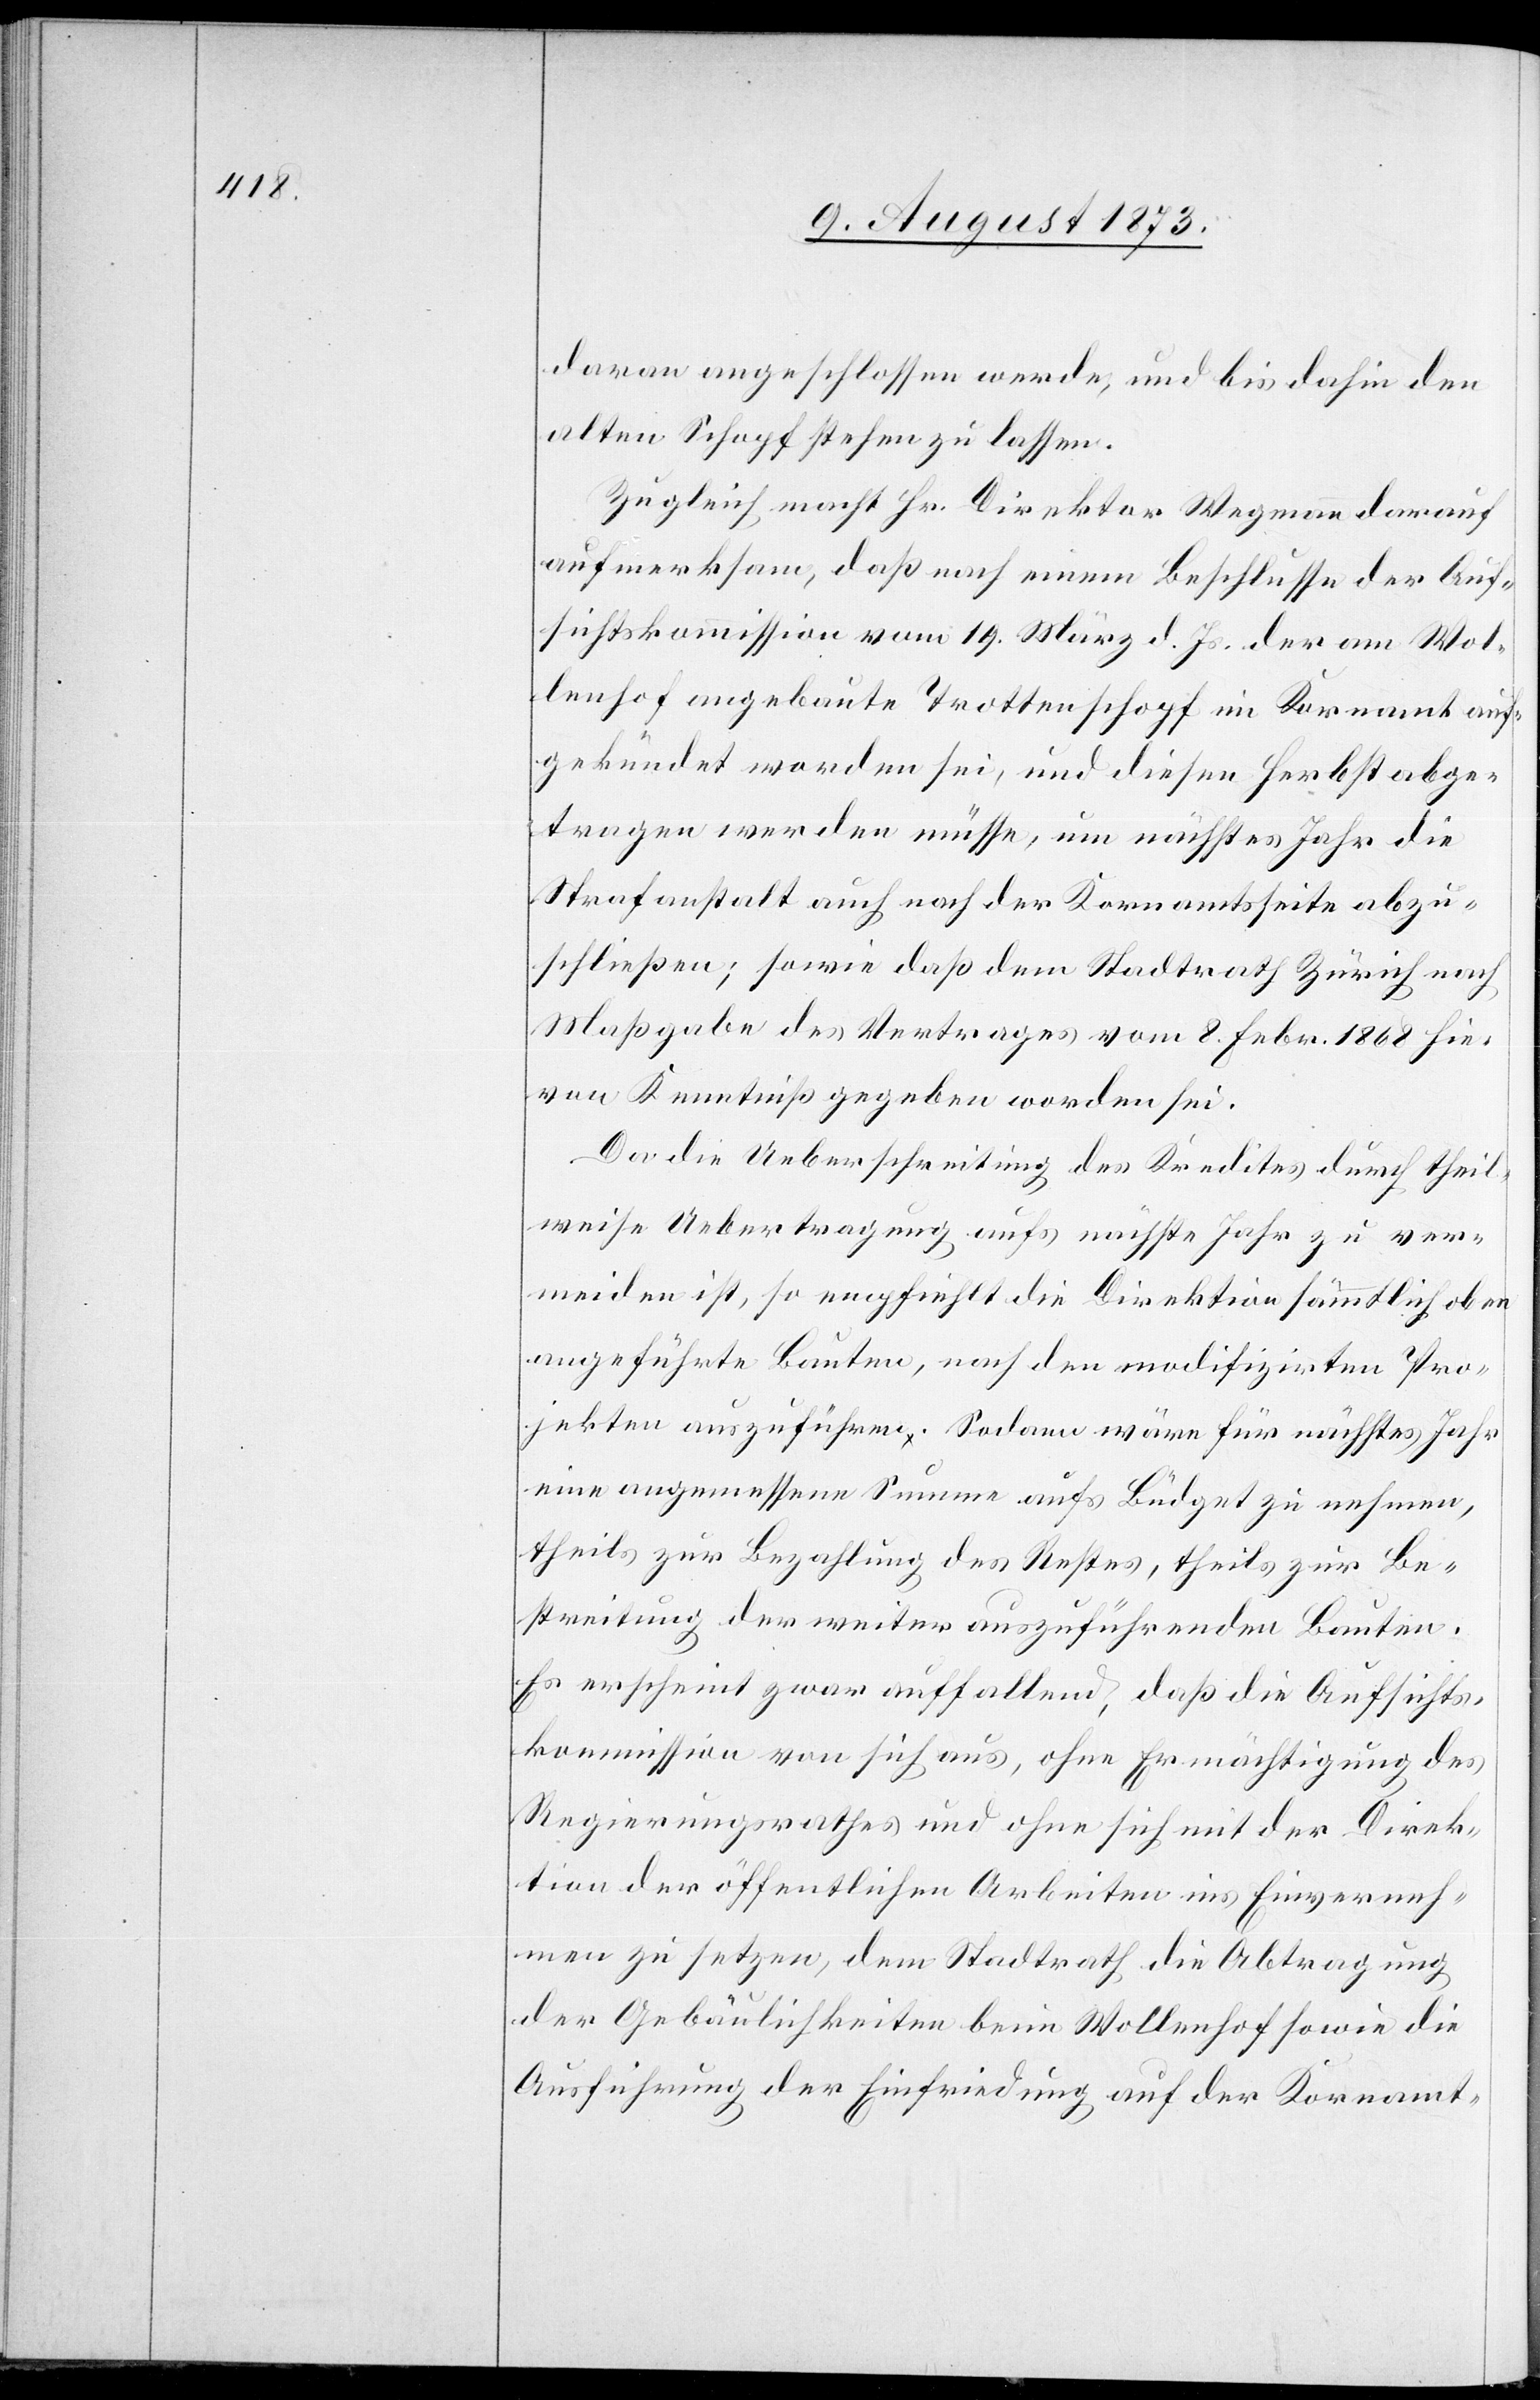
daran angeschlossen werde, und bis dahin den
alten Schopf stehen zu lassen.
Zugleich macht Hr. Direktor Wegmann darauf
aufmerksam, daß nach einem Beschlusse der Auf¬
sichtskommission vom 19. März d. Js. der am Wol¬
lenhof angebaute Trottenschopf im Kornamt auf¬
gekündet worden sei, und diesen Herbst abge¬
tragen werden müsse, um nächstes Jahr die
Strafanstalt auch nach der Kornamtsseite abzu¬
schließen; sowie daß dem Stadtrath Zürich nach
Maßgabe des Vertrages vom 8. Febr. 1868 hie¬
von Kenntniß gegeben worden sei.
Da die Ueberschreitung des Kredites durch theil¬
weise Uebertragung aufs nächste Jahr zu ver¬
meiden ist, so empfiehlt die Direktion sämmtlich oben
angeführte Bauten, nach den modifizirten Pro¬
jekten auszuführen. Sodann wäre für nächstes Jahr
eine angemessene Summe aufs Büdget zu nehmen,
theils zur Bezahlung des Restes, theils zur Be¬
streitung der weiter auszuführenden Bauten.
Es erscheint zwar auffallend, daß die Aufsichts¬
kommission von sich aus, ohne Ermächtigung des
Regierungsrathes und ohne sich mit der Direk¬
tion der öffentlichen Arbeiten ins Einverneh¬
men zu setzen, dem Stadtrath die Abtragung
der Gebäulichkeiten beim Wollenhof sowie die
Ausführung der Einfriedung auf der Kornamt-